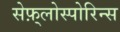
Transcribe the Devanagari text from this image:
सेफ़्लोस्पोरिन्स